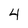
Character: 4